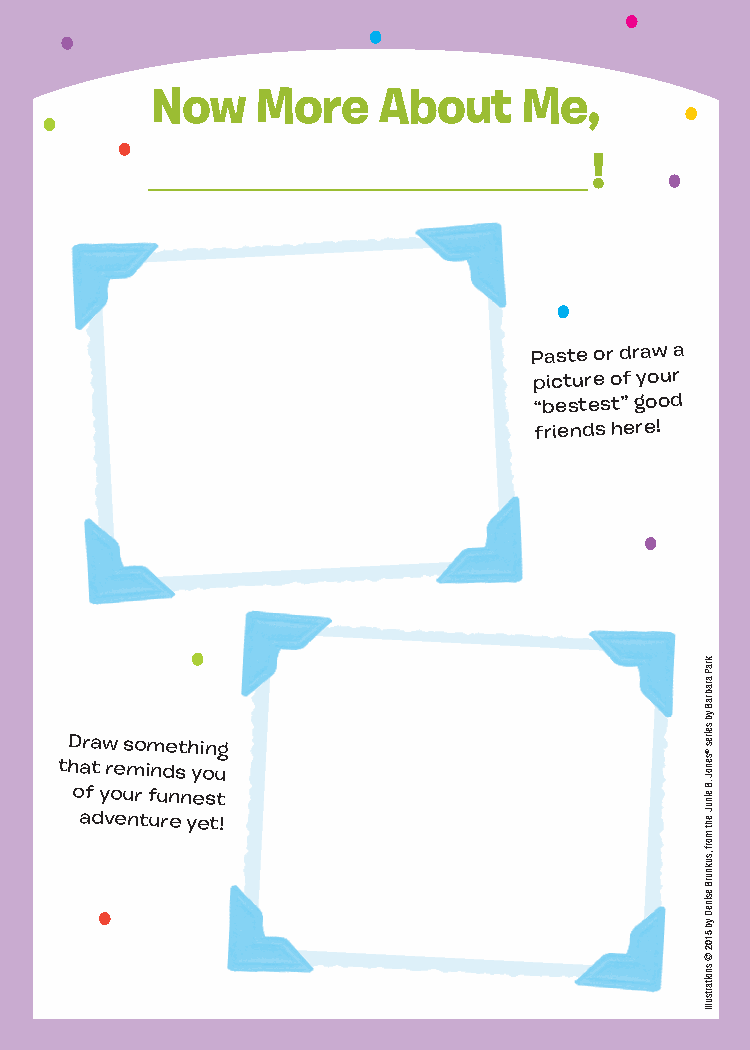
Now    More    About     Me,
 ________________________!
 Paste or draw a
 picture of your
 “bestest” good
 friends here!
 Draw something
 that reminds you
 of your funnest
 adventure yet!
 kraP
 arabraB
 yb
 seires
 ®senoJ
 .B einuJ
 eht
 morf
 ,suknurB
 esineD
 yb
 5102
 ©
 snoitartsullI